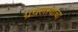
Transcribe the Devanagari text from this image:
ग्रंथलायाचा